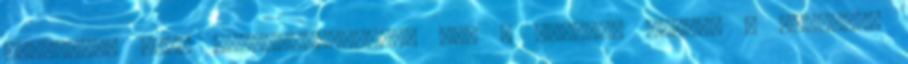
alakjától vagy berendezéseitől. Így a hangzás mindig a legjobb.